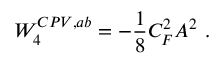
{ \cal W } _ { 4 } ^ { C P V , a b } = - { \frac { 1 } { 8 } } C _ { F } ^ { 2 } A ^ { 2 } \ .